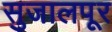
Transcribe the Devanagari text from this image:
सुजालपूर